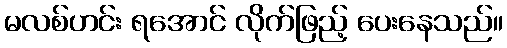
မလစ်ဟင်း ရအောင် လိုက်ဖြည့် ပေးနေသည်။